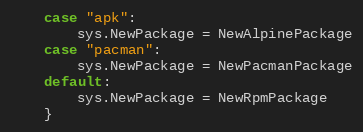
Language: Go
	case "apk":
		sys.NewPackage = NewAlpinePackage
	case "pacman":
		sys.NewPackage = NewPacmanPackage
	default:
		sys.NewPackage = NewRpmPackage
	}